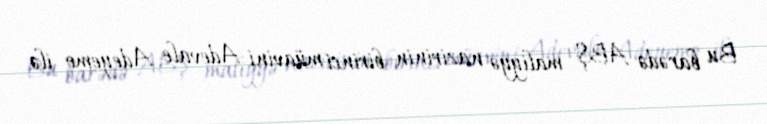
Bu barədə ABŞ maliyyə nazirinin birinci müavini Adevale Adeyemo ilə